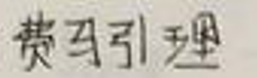
费马引理